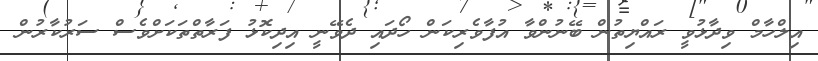
އިލްހާމް ވިދާޅުވީ ރައްޔިތުން ބޭނުންވާ އުފާވެރިކަން ހޯދައި ދެވޭނީ އިދިކޮޅު ފަރާތްތަކަށްވެސް ސަރުކާރުން